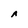
Character: A